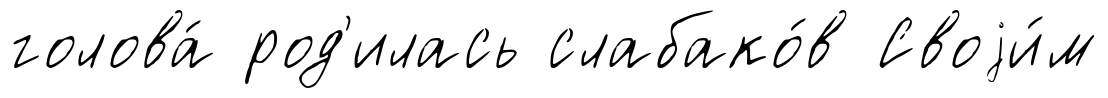
голова́ род'илась слабако́в Своjи́м